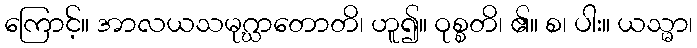
ကြောင့်။ အာလယသမုဂ္ဃာတောတိ၊ ဟူ၍။ ဝုစ္စတိ၊ ၏။ စ၊ ပါး။ ယသ္မာ၊